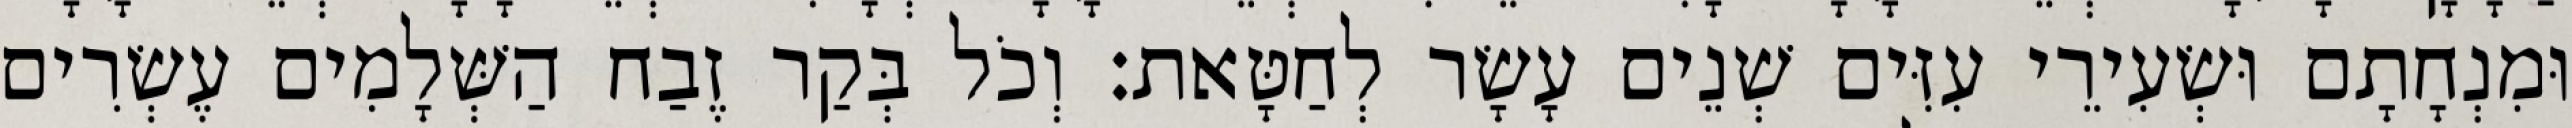
וּמִנְחָתָם וּשְׂעִירֵי עִזִּים שְׁנֵים עָשָׂר לְחַטָּאת׃ וְכֹל בְּקַר זֶבַח הַשְּׁלָמִים עֶשְׂרִים